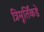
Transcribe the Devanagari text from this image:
त्रिमूर्तिंकडे